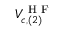
V _ { c , ( 2 ) } ^ { \mathrm { ~ H ~ F ~ } }